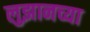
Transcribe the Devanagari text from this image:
लुझानच्या